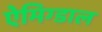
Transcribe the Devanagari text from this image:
ऐमिग्डाल